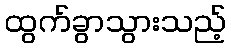
ထွက်ခွာသွားသည့်